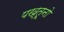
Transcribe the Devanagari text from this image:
पख्तूनो